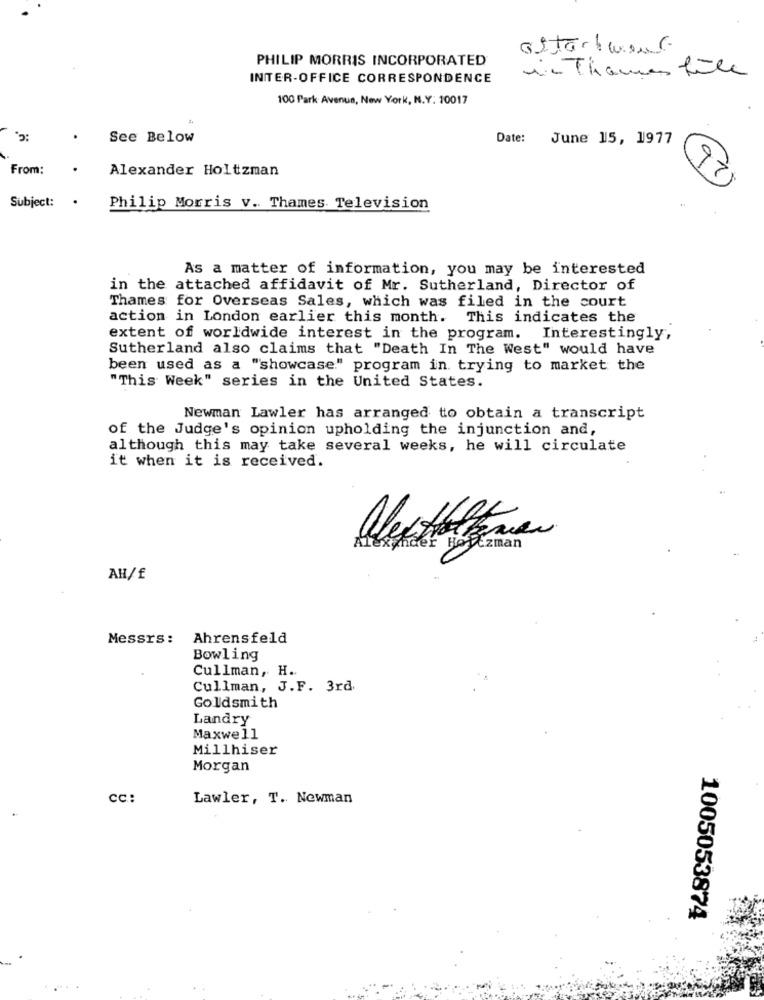
PHILIP MORRIS INCORPORATED
in Thames file
INTER-OFFICE CORRESPONDENCE
100 Park Avenue, New York, N.Y. 10017
See Below
Date: June 15, 1977
26
From:
Alexander Holtzman
Subject:
.
Philip Morris v. Thames Television
As a matter of information, you may be interested
in the attached affidavit of Mr. Sutherland, Director of
Thames for Overseas Sales, which was filed in the court
action in London earlier this month. This indicates the
extent of worldwide interest in the program. Interestingly,
Sutherland also claims that "Death In The West" would have
been used as a "showcase." program in trying to market the
"This Week" series in the United States.
Newman Lawler has arranged to obtain a transcript
of the Judge's opinion upholding the injunction and,
although this may take several weeks, he will circulate
it when it is received.
alextalene
Alexander Hoyezman
AH/£
Messrs:
Ahrensfeld
Bowling
Cullman, H ..
Cullman, J.F. 3rd
Goldsmith
Landry
Maxwell
Millhiser
Morgan
cc:
Lawler, T. Newman
1005053874